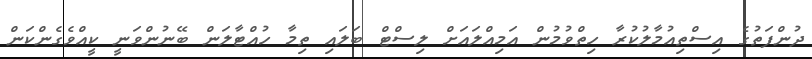
ދުންފަތުގެ އިސްތިއުމާލުކުރާ ހިތްވުމުން އަމިއްލައަށް ލިސްޓް ބަލައި ތިމާ ހުއްޓާލަން ބޭނުންވަނީ ކީއްވެގެންކަން